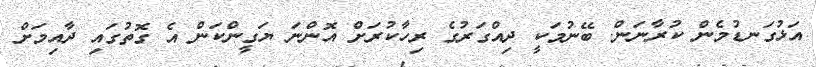
އަޅުގަނޑުމެން ކުރާނަން. ބޭނުމަކީ ދިއްގަރުގެ ރިހާކުރަށް އޮންނަ ޔަގީންކަން އެ ގޮތުގައި ދާއިމަށް